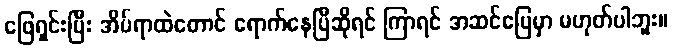
ဖြေရှင်းပြီး အိပ်ရာထဲတောင် ရောက်နေပြီဆိုရင် ကြာရင် အဆင်ပြေမှာ မဟုတ်ပါဘူး။